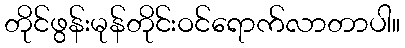
တိုင်ဖွန်းမုန်တိုင်းဝင်ရောက်လာတာပါ။